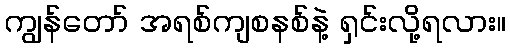
ကျွန်တော် အရစ်ကျစနစ်နဲ့ ရှင်းလို့ရလား။